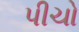
પીચો